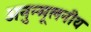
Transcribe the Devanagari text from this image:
अनुन्मूलनीय